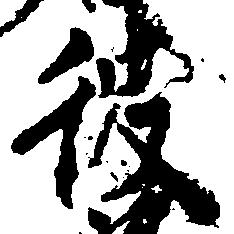
彼